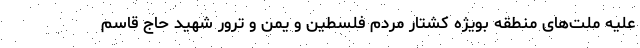
علیه ملت‌های منطقه بویژه کشتار مردم فلسطین و یمن و ترور شهید حاج قاسم